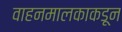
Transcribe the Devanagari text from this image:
वाहनमालकाकडून